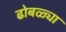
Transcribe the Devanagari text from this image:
ढोबळ्या